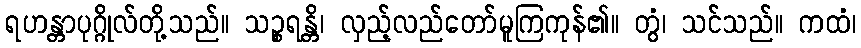
ရဟန္တာပုဂ္ဂိုလ်တို့သည်။ သဉ္စရန္တိ၊ လှည့်လည်တော်မူကြကုန်၏။ တွံ၊ သင်သည်။ ကထံ၊